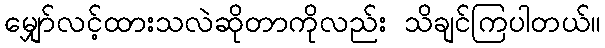
မျှော်လင့်ထားသလဲဆိုတာကိုလည်း သိချင်ကြပါတယ်။